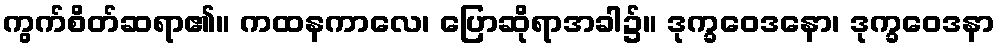
ကွက်စိတ်ဆရာ၏။ ကထနကာလေ၊ ပြောဆိုရာအခါ၌။ ဒုက္ခဝေဒနော၊ ဒုက္ခဝေဒနာ